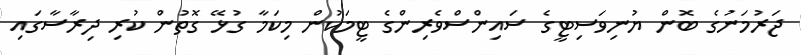
ޖަރުމަނުގެ ބޮން ޔުނިވަސިޓީގެ ސައިންސްވެރިންގެ ޓީމަކުން މިކަމާ ގުޅޭ ގޮތުން ކުރި ދިރާސާގައި